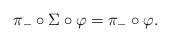
LaTeX: \begin{align*}\pi_- \circ \Sigma \circ \varphi = \pi_- \circ \varphi. \end{align*}